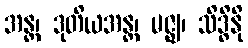
အန္တ၊ ဒုတိယအန္တ၊ မဇ္ဈ၊ သိဒ္ဓိနို